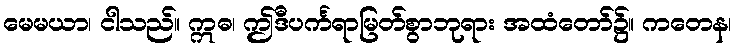
မေမယာ၊ ငါသည်။ ဣဓ၊ ဤဒီပင်္ကရာမြတ်စွာဘုရား အထံတော်၌။ ကတေန၊